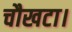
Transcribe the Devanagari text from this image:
चौखटा।